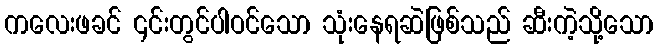
ကလေးဖခင် ၎င်းတွင်ပါဝင်သော သုံးနေရဆဲဖြစ်သည် ဆီးကဲ့သို့သော